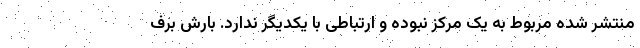
منتشر شده مربوط به یک مرکز نبوده و ارتباطی با یکدیگر ندارد. بارش برف